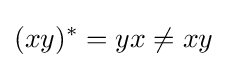
(xy)^{*}=yx\neq xy